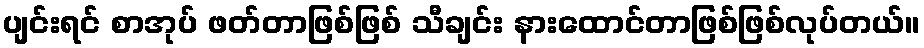
ပျင်းရင် စာအုပ် ဖတ်တာဖြစ်ဖြစ် သီချင်း နားထောင်တာဖြစ်ဖြစ်လုပ်တယ်။